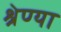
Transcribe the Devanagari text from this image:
श्रेण्या